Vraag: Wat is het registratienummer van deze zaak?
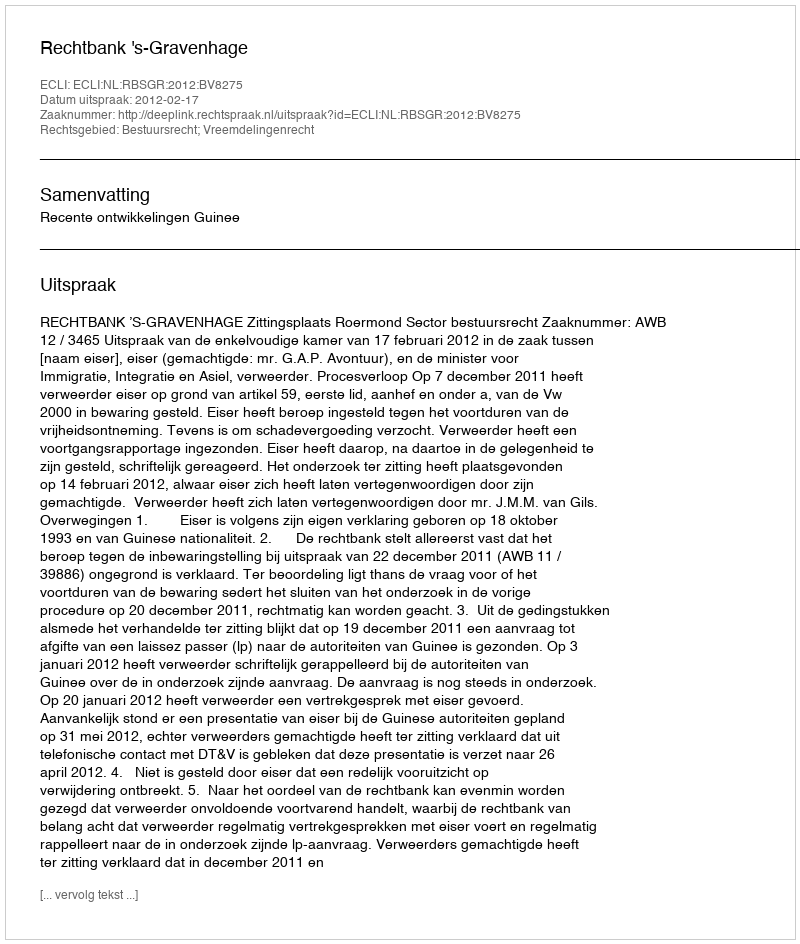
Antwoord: http://deeplink.rechtspraak.nl/uitspraak?id=ECLI:NL:RBSGR:2012:BV8275